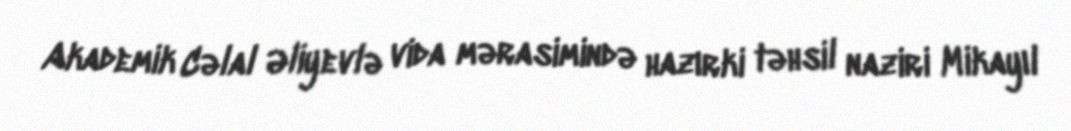
Akademik Cəlal Əliyevlə vida mərasimində hazırki təhsil naziri Mikayıl